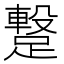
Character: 𮜋